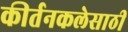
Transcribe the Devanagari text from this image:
कीर्तनकलेसाठी